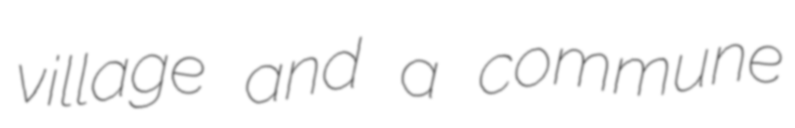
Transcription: village and a commune